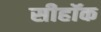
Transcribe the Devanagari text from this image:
सीहॉक